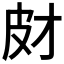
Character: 𤿋